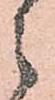
之